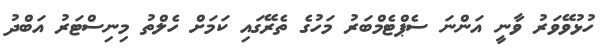
ހުޅުވޭވަރު ވާނީ އަންނަ ސެޕްޓެމްބަރު މަހުގެ ތެރޭގައި ކަމަށް ހެލްތު މިނިސްޓަރު އަބްދު